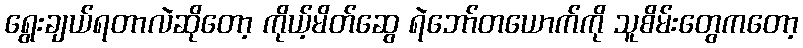
ရွေးချယ်ရတာလဲဆိုတော့ ကိုယ့်မိတ်ဆွေ ရဲဘော်တယောက်ကို သူစိမ်းတွေကတော့